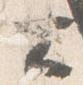
大